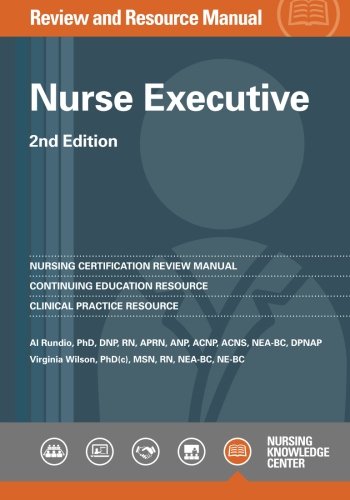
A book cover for Nurse Executive Review and Resource Manual, 2nd Edition; Al Rundio; Test Preparation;